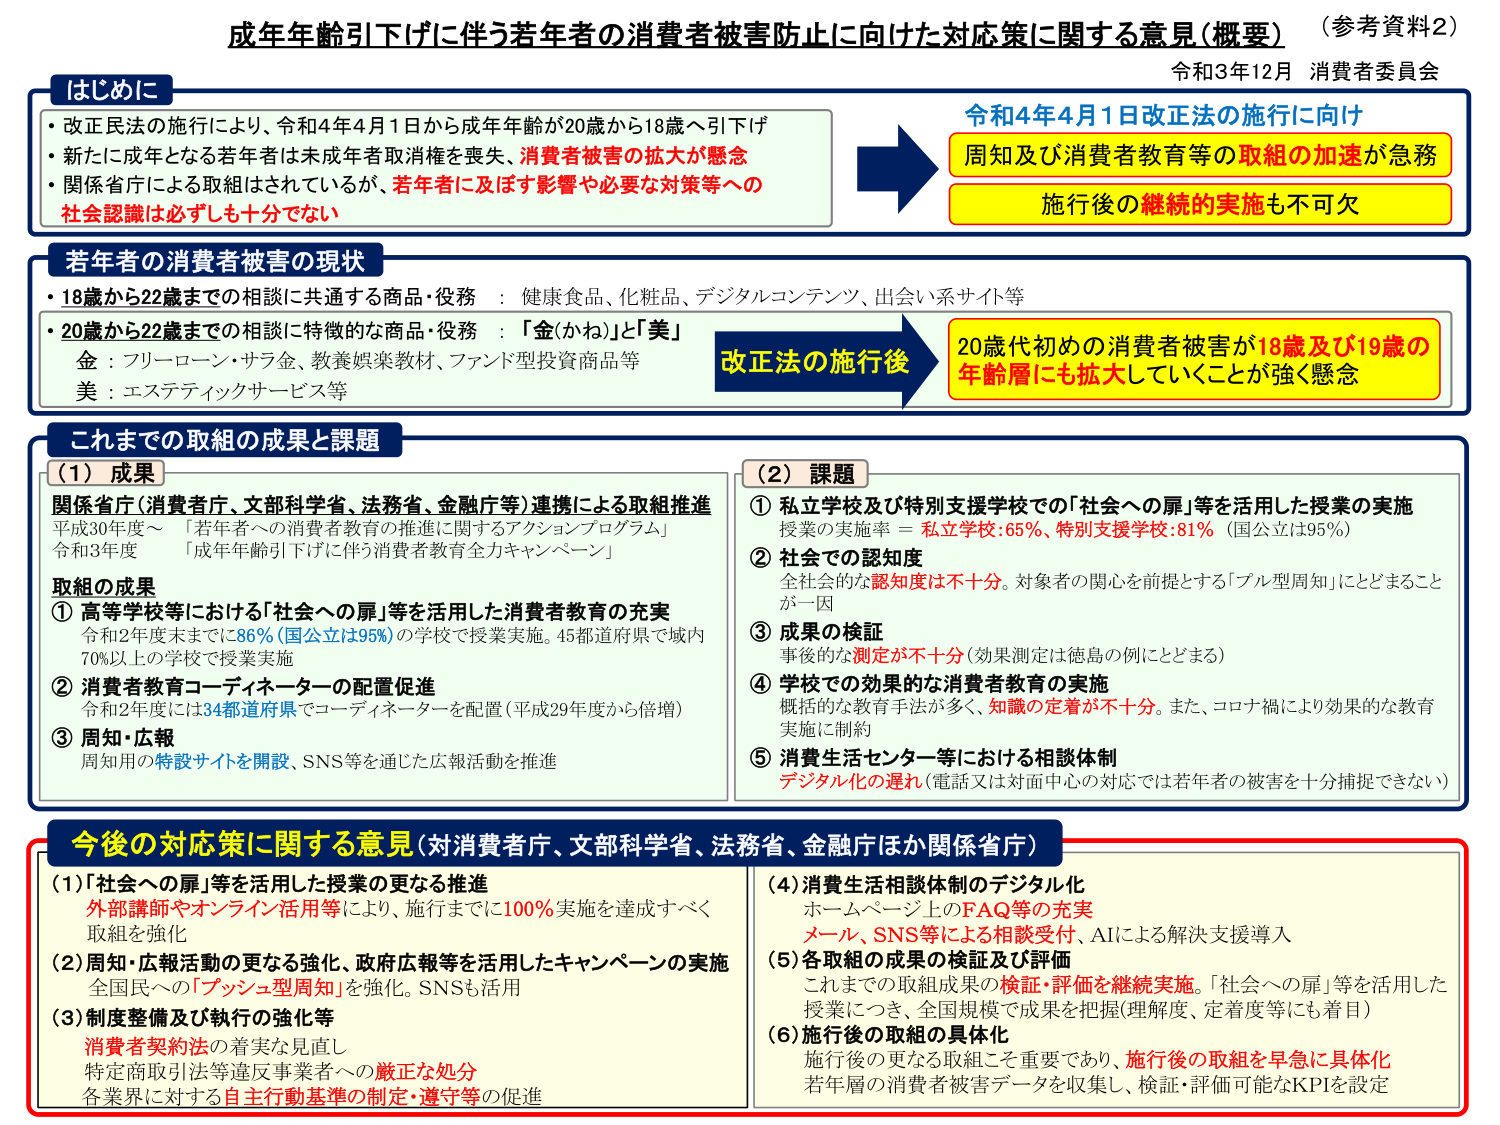
成年年齢引下げに伴う若年者の消費者被害防止に向けた対応策に関する意見（概要）（参考資料2）
令和3年12月 消費者委員会

はじめに
・改正民法の施行により、令和4年4月1日から成年年齢が20歳から18歳へ引下げ
・新たに成年となる若年者は未成年者取消権を喪失、消費者被害の拡大が懸念
・関係省庁による取組はされているが、若年者に及ぼす影響や必要な対策等への社会認識は必ずしも十分でない

令和4年4月1日改正法の施行に向け
周知及び消費者教育等の取組の加速が急務
施行後の継続的実施も不可欠

若年者の消費者被害の現状
・18歳から22歳までの相談に共通する商品・役務 ： 健康食品、化粧品、デジタルコンテンツ、出会い系サイト等
・20歳から22歳までの相談に特徴的な商品・役務 ：「金(かね)」と「美」
　金 ： フリーローン・サラ金、教養娯楽教材、ファンド型投資商品等
　美 ： エステティックサービス等

改正法の施行後
20歳代初めの消費者被害が18歳及び19歳の年齢層にも拡大していくことが強く懸念

これまでの取組の成果と課題
（1）成果
関係省庁（消費者庁、文部科学省、法務省、金融庁等）連携による取組推進
平成30年度～ 「若年者への消費者教育の推進に関するアクションプログラム」
令和3年度 「成年年齢引下げに伴う消費者教育全力キャンペーン」

取組の成果
① 高等学校等における「社会への扉」等を活用した消費者教育の充実
　令和2年度末までに86%（国公立は95%）の学校で授業実施。45都道府県で域内70%以上の学校で授業実施
② 消費者教育コーディネーターの配置促進
　令和2年度には34都道府県でコーディネーターを配置（平成29年度から倍増）
③ 周知・広報
　周知の特設サイトを開設、SNS等を通じた広報活動を推進

（2）課題
① 私立学校及び特別支援学校での「社会への扉」等を活用した授業の実施
　授業の実施率＝私立学校：65%、特別支援学校：81%（国公立は95%）
② 社会での認知度
　全社会的な認知度は不十分。対象者の関心を前提とする「プル型周知」にとどまること
　が一因
③ 成果の検証
　事後の測定が不十分（効果測定は徳島の例にとどまる）
④ 学校での効果的な消費者教育の実施
　概括的な教育手法が多く、知識の定着が不十分。また、コロナ禍により効果的な教育
　実施に制約
⑤ 消費生活センター等における相談体制
　デジタル化の遅れ（電話又は対面中心の対応では若年者の被害を十分捕捉できない）

今後の対応策に関する意見（対消費者庁、文部科学省、法務省、金融庁ほか関係省庁）
（1）「社会への扉」等を活用した授業の更なる推進
　外部講師やオンライン活用等により、施行までに100%実施を達成すべく取組を強化
（2）周知・広報活動の更なる強化、政府広報等を活用したキャンペーンの実施
　全国民への「プッシュ型周知」を強化。SNSも活用
（3）制度整備及び執行の強化等
　消費者契約法の着実な見直し
　特定商取引法等違反事業者への厳正な処分
　各業界に対する自主行動基準の制定・遵守等の促進
（4）消費生活相談体制のデジタル化
　ホームページ上のFAQ等の充実
　メール、SNS等による相談受付、AIによる解決支援導入
（5）各取組の成果の検証及び評価
　これまでの取組成果の検証・評価を継続実施。「社会への扉」等を活用した
　授業につき、全国規模で成果を把握（理解度、定着度等にも着目）
（6）施行後の取組の具体化
　施行後の更なる取組こそ重要であり、施行後の取組を早急に具体化
　若年層の消費者被害データを収集し、検証・評価可能なKPIを設定